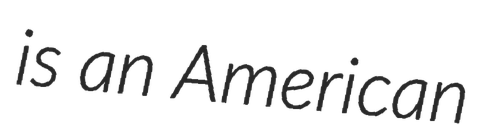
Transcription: is an American